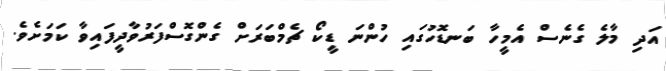
އަދި މާލެ ގެނެސް އެމީހާ ބަނޑޮހުގައި ހުންނަ ޑީކޯ ޗެމްބަރަށް ގެންގޮސްފަރުވާދީފައިވާ ކަމަށެވެ.